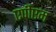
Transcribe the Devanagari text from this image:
एपीएम